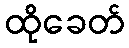
ထိုခေတ်